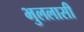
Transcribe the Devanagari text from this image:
भुललासी